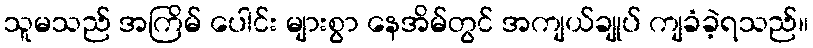
သူမသည် အကြိမ် ပေါင်း များစွာ နေအိမ်တွင် အကျယ်ချုပ် ကျခံခဲ့ရသည်။